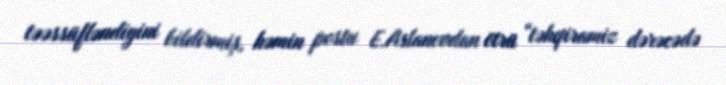
təəssüfləndiyini bildirmiş, həmin postu E.Aslanovdan ötrü “təhqiramiz dərəcədə